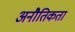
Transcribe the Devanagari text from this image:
अनौतिकता